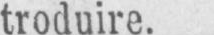
troduire.